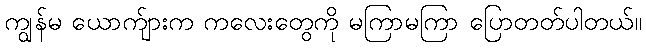
ကျွန်မ ယောက်ျားက ကလေးတွေကို မကြာမကြာ ပြောတတ်ပါတယ်။